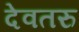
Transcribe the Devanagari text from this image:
देवतरु